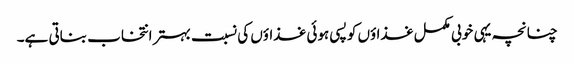
چنانچہ یہی خوبی مکمل غذاؤں کو پسی ہوئی غذاؤں کی نسبت بہتر انتخاب بناتی ہے۔